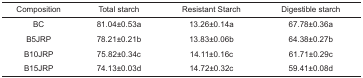
<table><thead><tr><td><b>Composition</b></td><td><b>Total starch</b></td><td><b>Resistant Starch</b></td><td><b>Digestible starch</b></td></tr></thead><tbody><tr><td>BC</td><td>81.04±0.53a</td><td>13.26±0.14a</td><td>67.78±0.36a</td></tr><tr><td>B5JRP</td><td>78.21±0.21b</td><td>13.83±0.06b</td><td>64.38±0.27b</td></tr><tr><td>B10JRP</td><td>75.82±0.34c</td><td>14.11±0.16c</td><td>61.71±0.29c</td></tr><tr><td>B15JRP</td><td>74.13±0.03d</td><td>14.72±0.32c</td><td>59.41±0.08d</td></tr></tbody></table>